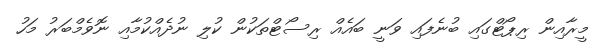
މީރާއިން ރިޕޯޓްގައި ބުނެފައި ވަނީ ބައެއް ރިސޯޓްތަކުން ކުލި ނުދެއްކުމާއި ނޮވެމްބަރު މަހު